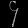
Digit: ၄